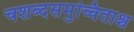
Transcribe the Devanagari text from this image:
चशब्दसमुच्चिताश्च